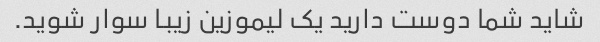
شاید شما دوست دارید یک لیموزین زیبا سوار شوید.